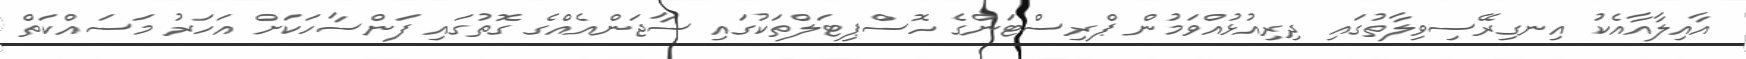
އާއިލާއާއެކު އިނގިރޭސިވިލާތުގައި ދިރިއުޅުއްވަމުން ޕްރިސްޓަންގެ ހޮސްޕިޓަލްތަކުގައި ސާޖަންއެއްގެ ގޮތުގައި ފަންސާހަކަށް އަހަރު މަސައްކަތް